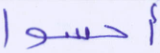
أحسوا